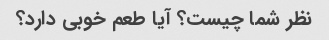
نظر شما چیست؟ آیا طعم خوبی دارد؟